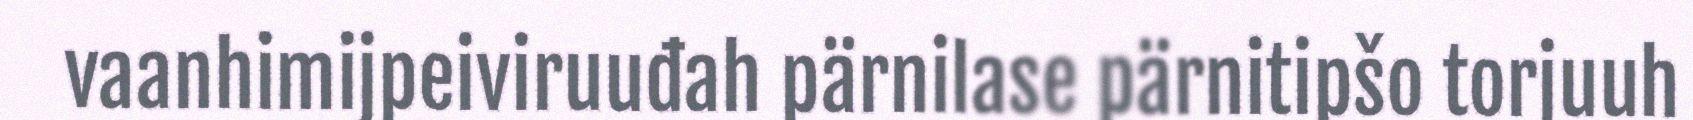
vaanhimijpeiviruuđah pärnilase pärnitipšo torjuuh